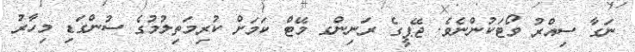
ނަގާ ސިއްރު ވޯޓަކުންނެވެ. ޖޭޕީގެ ރަނިންގ މޭޓް ކަމަށް ކުރިމަތިލުމުގެ ސުންގަޑި މިހާރު